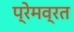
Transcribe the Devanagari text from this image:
प्रेमव्रत